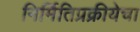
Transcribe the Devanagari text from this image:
निर्मितिप्रक्रीयेचा